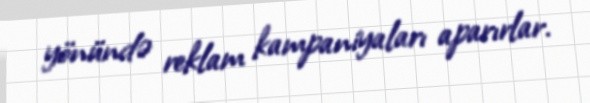
yönündə reklam kampaniyaları aparırlar.